Lunatic asylums Bombay report 1878-1890 - 1878-1890
Year: 1878
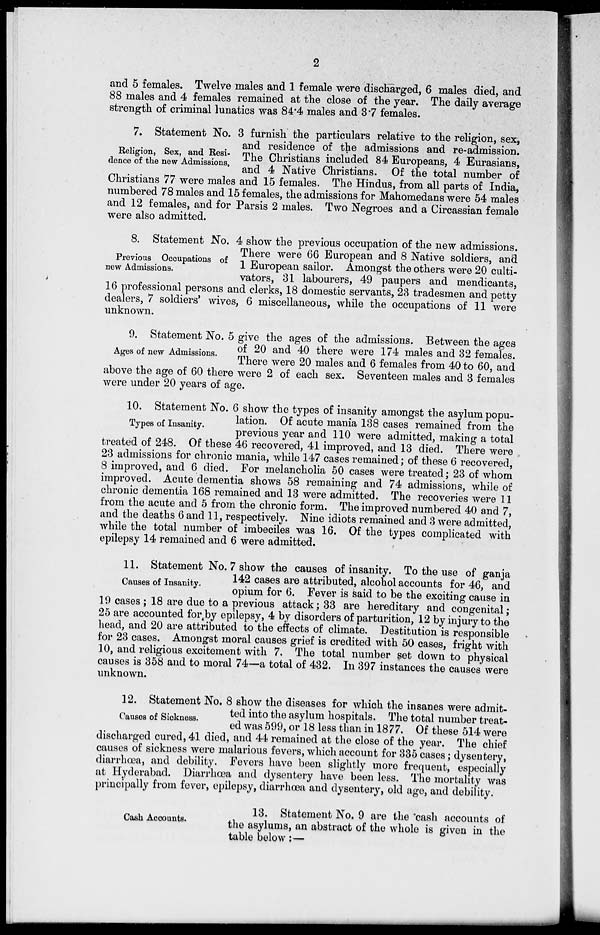
2
and 5 females. Twelve males and 1 female were discharged, 6 males died, and
88 males and 4 females remained at the close of the year. The daily average
strength of criminal lunatics was 84.4 males and 3.7 females.
Religion, Sex, and Resi-
dence of the new Admissions.
7. Statement No. 3 furnish the particulars relative to the religion, sex,
and residence of the admissions and re-admission.
The Christians included 84 Europeans, 4 Eurasians,
and 4 Native Christians. Of the total number of
Christians 77 were males and 15 females. The Hindus, from all parts of India,
numbered 78 males and 15 females, the admissions for Mahomedans were 54 males
and 12 females, and for Parsis 2 males. Two Negroes and a Circassian female
were also admitted.
Previous Occupations of
new Admissions.
8. Statement No. 4 show the previous occupation of the new admissions.
There were 66 European and 8 Native soldiers, and
1 European sailor. Amongst the others were 20 culti-
vators, 31 labourers, 49 paupers and mendicants,
16 professional persons and clerks, 18 domestic servants, 23 tradesmen and petty
dealers, 7 soldiers' wives, 6 miscellaneous, while the occupations of 11 were
unknown.
Ages of new Admissions.
9. Statement No. 5 give the ages of the admissions. Between the ages
of 20 and 40 there were 174 males and 32 females.
There were 20 males and 6 females from 40 to 60, and
above the age of 60 there were 2 of each sex. Seventeen males and 3 females
were under 20 years of age.
Types of Insanity.
10. Statement No. 6 show the types of insanity amongst the asylum popu-
lation. Of acute mania 138 cases remained from the
previous year and 110 were admitted, making a total
treated of 248. Of these 46 recovered, 41 improved, and 13 died. There were
23 admissions for chronic mania, while 147 cases remained ; of these 6 recovered,
8 improved, and 6 died. For melancholia 50 cases were treated; 23 of whom
improved. Acute dementia shows 58 remaining and 74 admissions, while of
chronic dementia 168 remained and 13 were admitted. The recoveries were 11
from the acute and 5 from the chronic form. The improved numbered 40 and 7,
and the deaths 6 and 11, respectively. Nine idiots remained and 3 were admitted,
while the total number of imbeciles was 16. Of the types complicated with
epilepsy 14 remained and 6 were admitted.
Causes of Insanity.
11. Statement No. 7 show the causes of insanity. To the use of ganja
142 cases are attributed, alcohol accounts for 46, and
opium for 6. Fever is said to be the exciting cause in
19 cases ; 18 are due to a previous attack; 33 are hereditary and congenital;
25 are accounted for by epilepsy, 4 by disorders of parturition, 12 by injury to the
head, and 20 are attributed to the effects of climate. Destitution is responsible
for 23 cases. Amongst moral causes grief is credited with 50 cases, fright with
10, and religious excitement with 7. The total number set down to physical
causes is 358 and to moral 74—a total of 432. In 397 instances the causes were
unknown.
Causes of Sickness.
12. Statement No. 8 show the diseases for which the insanes were admit-
ted into the asylum hospitals. The total number treat-
ed was 599, or 18 less than in 1877. Of these 514 were
discharged cured, 41 died, and 44 remained at the close of the year. The chief
causes of sickness were malarious fevers, which account for 335 cases; dysentery,
diarrhœa, and debility. Fevers have been slightly more frequent, especially
at Hyderabad. Diarrhœa and dysentery have been less. The mortality was
principally from fever, epilepsy, diarrhœa and dysentery, old age, and debility.
Cash Accounts.
13. Statement No. 9 are the cash accounts of
the asylums, an abstract of the whole is given in the
table below:—